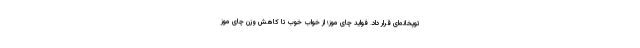
توپخانه‌ای قرار داد. فواید چای موز؛ از خواب خوب تا کاهش وزن چای موز